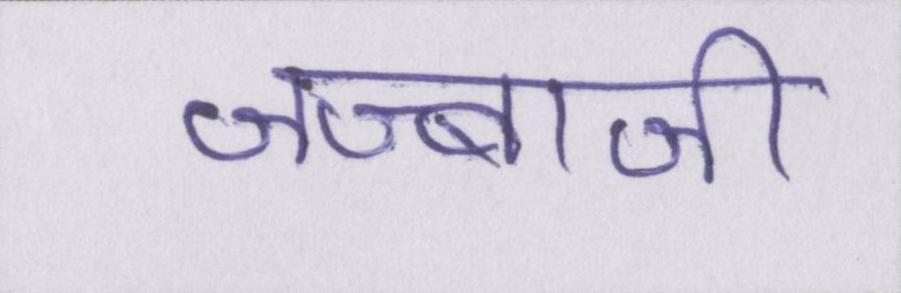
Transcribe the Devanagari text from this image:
जज्बाजी